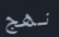
نهج